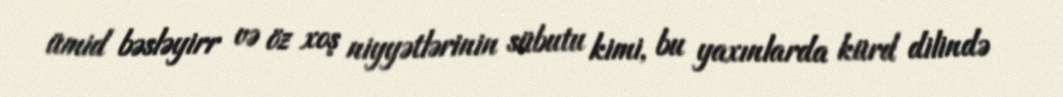
ümid bəsləyirr və öz xoş niyyətlərinin sübutu kimi, bu yaxınlarda kürd dilində